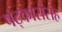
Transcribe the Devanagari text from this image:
षट्कारांसह